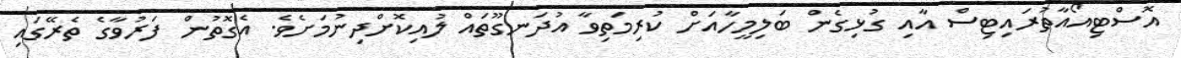
އޮސްޓިއޯއާތުރައިޓިސް އާއި ގުޅިގެން ބަލިމީހާއަށް ކުރިމަތިވާ އުދަނގޫތައް ލުއިކޮށްދިނުމަށެވެ. އެގޮތުން ފަރުވާގެ ތެރޭގައި